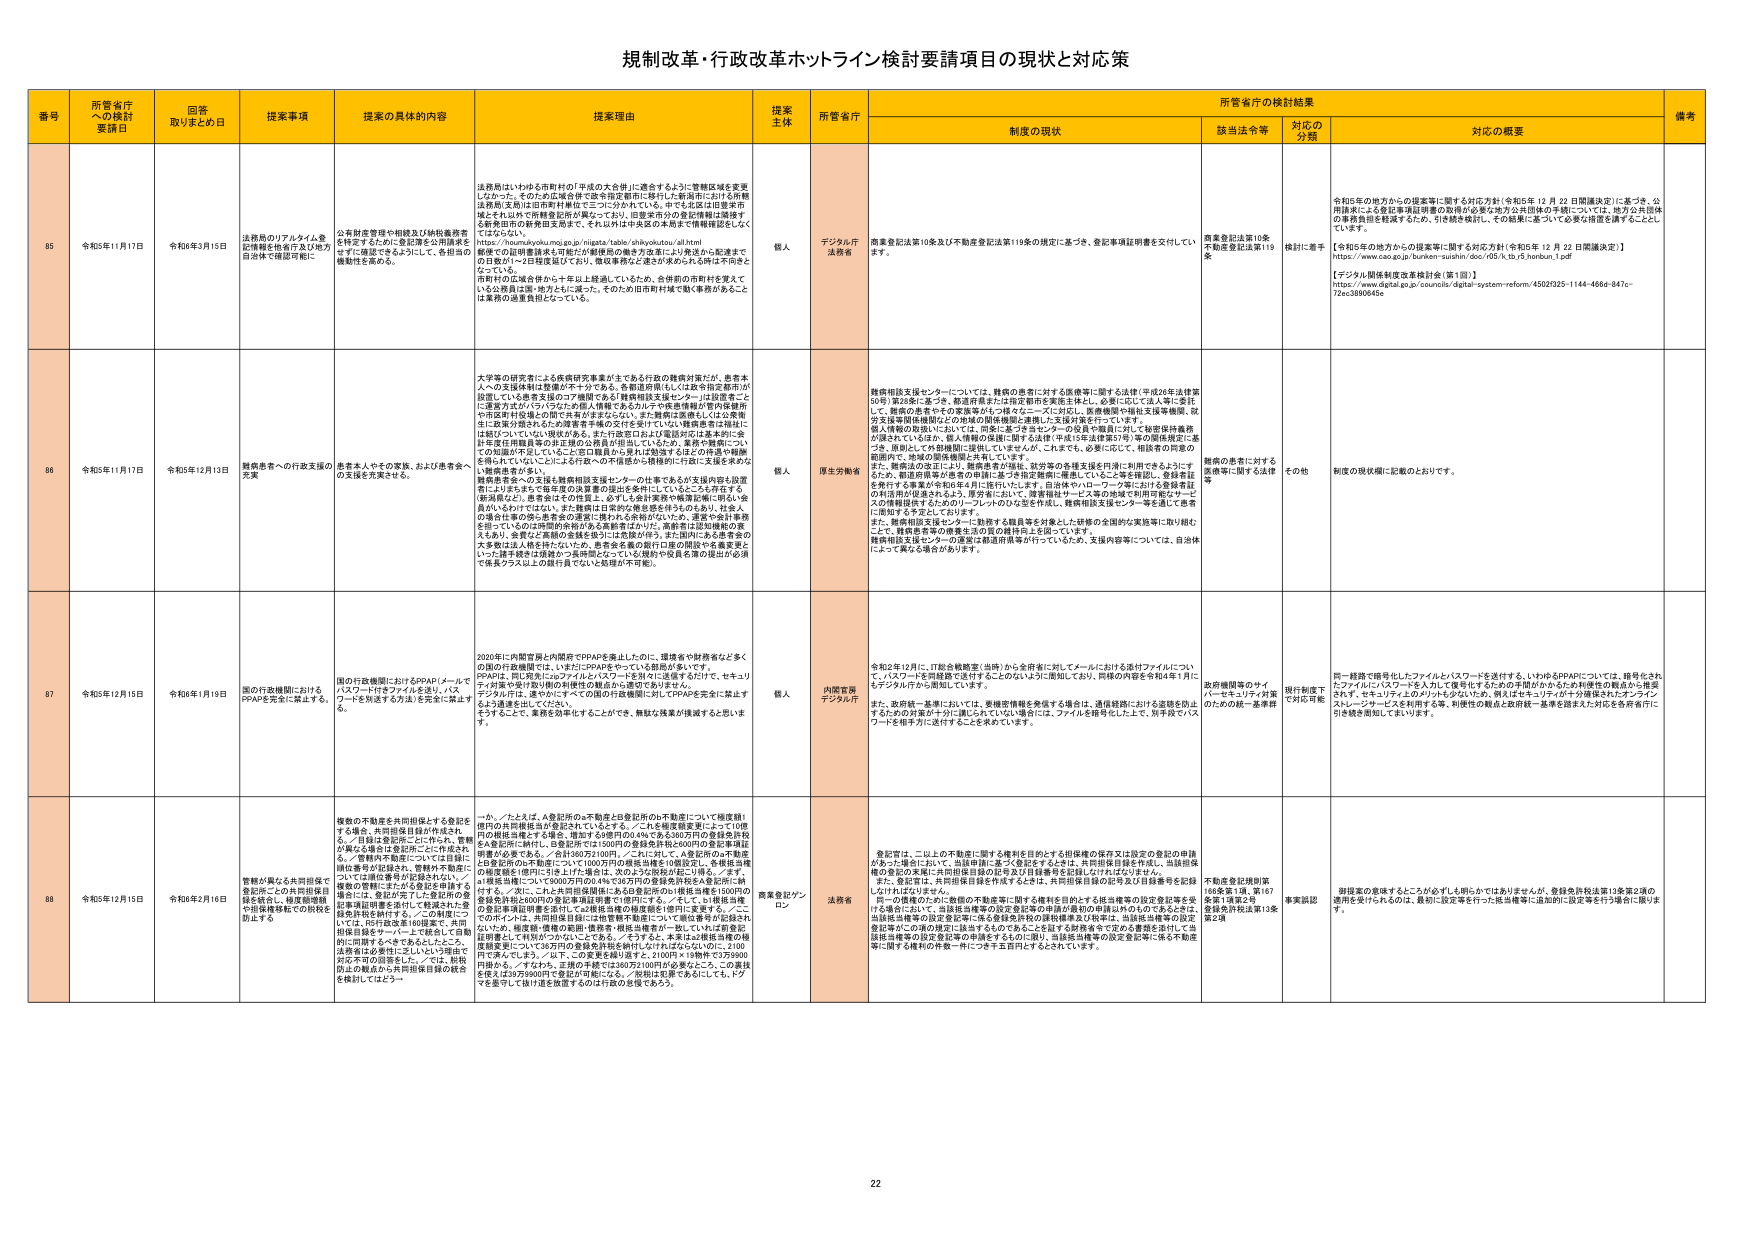
規制改革・行政改革ホットライン検討要請項目の現状と対応策

番号 所管省庁への検討要請日 回答取りまとめ日 提案事項 提案の具体的内容 提案理由 提案主体 所管省庁 制度の現状 所管省庁の検討結果 備考
該当法令等 対応の分類 対応の概要

85 令和5年11月17日 令和6年3月15日 法務局のリアルタイム登記情報を他省庁及び地方自治体で確認可能に 公有財産管理や相続及び納税義務者を特定するために登記簿を公用調査をせずに確認できるようにして、各担当の機関性を高める。 法務局はいわゆる市町村の「平成の大合併」に適合するように管轄区域を変更したかった。そのため広域合併で既存指定都市に移行した新潟市における市権（法務局支局）は旧市町村枠にセコロつかわれている。市町村が指定都市域とそれ以外で所轄登記所が異なっており、旧指定市の登記情報は隠匿する新潟市の法務局支局まで、それ以外は中支局の本局まで情報確認をしてくださっている。 総務省の国際資料は可能だが機械的の働き方を既により発達から配達まで日数が1～2日程度以下となり、徴収事務など遅きが求められる時は不向きとされている。 市町村の広域合併から十年以上経過しているため、合併前の市町村を覚えて いる公務員は限・地方と比べ減った。そのため旧市町村域で動く事務があること は業務の過重負担となっている。 個人 デジタル庁 法務省 衛生登記法第10条及び不動産登記法第119条の規定に基づき、登記事項証明書を交付してい ます。 衛生登記法第10条 不動産登記法第119条 機械に準ず 【令和5年の地方からの提案等に関する対応方針（令和5年 12 月 22 日閣議決定）に基づき、公 用調査による登記事項証明書の取得が可能な地方公共団体の手続については、地方公共団体 の事務負担を軽減するため、引き続き検討し、その結果に基づいて必要な措置を講ずることと しています。 【令和5年の地方からの提案等に関する対応方針（令和5年 12 月 22 日閣議決定）】 https://www.cao.go.jp/bunken-suishin/doc/ d55.tk.tb.r5_honban_1.pdf 【デジタル関係制度改革検討会（第1回）】 https://www.digital.go.jp/councils/digital-system-reform/45023225-1144-4686-847c- 72ec3890645e

86 令和5年11月17日 令和5年12月13日 難病患者への行政支援の充実 患者本人やその家族、および患者会への支援を充実させる。 大学等の研究者による疾病研究事業が主である行政の難病対策だが、患者本人への支援体制は整備が不十分である。各都道府県にも「以数年指定都市が設置している患者支援の専門機関である「難病相談支援センター」は設置もこ に運営方式がバラバラなため個人情報であるカルテや医療情報が管内保健所 や市役所行政機関の間で共有がままならない。また難病と診断もしくは公衆衛 生に影響が現れるため医療者等機関が交付を受けていない医療情報を福祉に は結びついていない現状がある。また行政窓口および電話対応は基本的に全 体手厚な相談員数の非正規の公務員が担当しているため、患者の質問につい ての処理が不足していることや窓口職員から見れば勉強するほどの件数や報酬 を得られていないことにより「数への不満足から離脱的に行はい支援を求める い難病患者が多い。 難病患者会への支援も難病相談支援センターの仕事であるが支援内容も設置 者によりずらす。中間支援の決算書の提出を条件にしているところも存在する。 （雇用県など）。患者会はその性質上、必ずしも会計業務や帳簿記帳に明るい会 員がいるわけではなく、また費用は日常的な集金を担うものもあり、社会人 の場合仕事の都合や患者会の運営に携われる余裕がないため、運営や会計事務 を担っているのは専従的非給与ある無償者は少ないう。高齢者は追加機能の衰 えもあり、各県など医療の委員会等には数値が伴う。また県内にある患者会の 大多数は法人格を持たないため、患者会を集約窓口団体の開設や名義変更と いった諸手続きは複数から一括申請となっても（個人や委員会等の提出が必須 で係長クラス以上の銀行員でないと処理が不可能）。 個人 厚生労働省 難病相談支援センターについては、難病の患者に対する医療等に関する法律（平成26年法律第 50号）第23条に基づき、都道府県または指定都市を実施主体とし、必要に応じて法人等に委託 して、難病の患者やその家族等がいつでもニーズに対応し、医療機関や福祉支援者機関、就 労支援等関係機関などの地域の関係機関と連携した支援対策を行っています。 個人情報の取扱いについては、同条に基づきセンターの役員や職員に対して秘密保持義務 が課されているほか、個人情報の保護に関する法律（平成15年法律第57号）等の関係規定に基 づき、機関として外部機関に提供していますが、これまでも、必要に応じて、相談者の同意の 範囲内で、地域の関係機関と共有しています。 また、難病法の改正により、医療患者が福祉、就労等の多様支援を円滑に利用できるようにす るため、都道府県等が患者の申請に基づき指定医師に連携していること等を確認し、登録委託 を発行する事業が令和6年4月に施行いたします。自治体やハローワーク等における登録委託 の利用が促進されるよう、厚生省において、厚生福祉サービス等の地域ご利用可能ポータ ルの情報提供するためのリーフレットのひろさを平成、難病相談支援センター等を通じて患者 に周知する予定としております。 また、難病相談支援センターに勤務する職員等を対象とした研修の全国的な実施等に取り組む ことで、難病患者等の療養生活の質の維持向上を図っています。 難病相談支援センターの運営は都道府県等が行っているため、支援内容等については、自治体 によって異なる場合があります。 難病の患者に対する 医療等に関する法律 等 その他 制度の現状欄に記載のとおりです。

87 令和5年12月15日 令和6年1月19日 国の行政機関におけるPPAPを完全に禁止する 国の行政機関におけるPPAP（メールでパスワード付きファイルを送り、パスワードを所送する方法）を完全に禁止する。 2020年に内閣官房と内閣府でPPAPを廃止したのに、連絡省や財務省など多くの国の行政機関では、いまだにPPAPをやっている部局が多いです。 PPAPは、同じ宛先にログファイルとパスワードを別々に送信するだけで、セキュリティが無く受け取り側の利便性の観点から選定されません。 デジタル庁は、速やかにすべての国の行政機関に対してPPAPを完全に禁止す るよう通達を出してください。 そうすることで、業務を効率化することができ、機械と残業が後退すると思いま す。 個人 内閣官房 デジタル庁 令和2年12月に、IT総合戦略室（当時）から全府省に対してメールにおける送付ファイルについ て、パスワードを同梱送り送付することのないように周知しており、同様の内容を令和4年1月に もデジタル庁から周知しています。 また、政府統一基準においては、受信者情報を発信する場合は、通信経路における認証を防止 するための対策が十分に講じられていない場合には、ファイルを暗号化した上で、別手段でパス ワードを相手方に送付することを求めています。 政府機関等のサイバーセキュリティ対策 のための統一基準群 現行制度で対応可能 同一経路で暗号化したファイルとパスワードを送付する、いわゆるPPAPについては、暗号化され たファイルにパスワードを入力して暗号化するための手間がかからないお相手の観点から推奨 されず、セキュリティ上のメリットがないため、例えばセキュリティガイド線等されたオンライン スレージサービスを利用する等、利便性の観点と政府統一基準を踏まえた対応を各府省自ら 引き続き周知してまいります。

88 令和5年12月15日 令和6年2月16日 管轄が異なる共同担保で登記所ごとの共同担保目録を統合し、転居等増額や担保解除転での脱税を防止する 複数の不動産を共同担保とする登記をする場合、共同担保目録が作成され る。「目録は登記所ごとに作られ、管轄 が異なる場合は登記所ごとに作成され る。」管轄が不動産については目録に 項目番号が記録され、管轄が不動産に ついては項目番号が記録されない。／ 複数の管轄にまたがる登記を申請する 場合には、登記が完了した登記所の登 記簿項目明細を添付して転居された登 記を共有を納付する。／この制度につ いては、共同担保主に記載をし、共同 担保目録をサーバー上に移しして自動 的に同期するべきであるとしたこと。 法務省の必要性に乏しいという理由で 対応不可の回答でした。／では、脱税 防止の観点から共同担保目録の統合 を検討してはどうか。 一か／たとえば、A登記所の不動産とB登記所の不動産について担保額1 億円の共同担保が登記されているとする。／これを継ぎ増額によって10億 円の総担保にすると場合、増加する9億円の0.4％である360万円の登録免許税 をA登記所に納付し、B登記所では1500円の登録免許税と600円の登記事務証 明書が必要である。／合計は60万2100円。／これに対して、A登記所の不動産 にB登記所の不動産について100万円の実質追加を10億登記し、各県担当機 関が登記額を1億円に引き上げた場合は、次のよう36万900円に引き下げる。／まず、 11県担当機関について900万円の0.4％で36万円の登録免許税をA登記所に納 付する。／次に、これと共同担保額にあたるB登記所の1億担当機を1500円の 登録免許税と600円の登記事務証明書で1億円にする。／そして、11県担当機 の登記事務証明書を添付して24県担当機の確認額を1億円に変更する。／こ のポイントは、共同担保目録には管轄等不動産について共同担保が記載され ないため、総額額・課税の額・債務者・根抵当権者が一致していれば新登記 は原則通りで処理がつかないことをある。／そうすると、A登記は総抵当権の総 額変更について36万円の登録免許税を納付しなければならないのに、2100 円で済んでしまう。／以下、この変更を繰り返すと、2100円×19億円で3万9900 円掛かる。／すなわち、実際の手数では36万2100円が必要なところ、この業種 を使えば3万9900円で登記が可能になる。／脱税は犯罪であるとしても、ドア でを直すして抜け道を放置するのは行政の怠慢であろう。 商業登記ブラン ロン 法務省 登記官は、二以上の不動産に関する権利を目的とする担保権の保存又は設定の登記の申請 があった場合において、当該申請に基づく登記をするときは、共同担保目録を作成し、当該担保 権の登記の実質に共同担保目録の記号及び目録番号を記録しなければなりません。 また、登記官は、共同担保目録を作成するときは、共同担保目録の記号及び目録番号を記録 しなければなりません。 但し、管轄のたった数個の不動産等に関する権利を目的とする抵当権等の設定登記等を受 ける場合において、当該抵当権等の設定登記等の申請が最初の申請以外のものであるときは、 当該抵当権等の設定登記等に係る登録免許税の課税標準及び税率は、当該抵当権等の設定 登記等が二の後の規定に該当するものであることを知する財務省を定める書類を添付して当 該抵当権等の設定登記等の申請をするものに限り、当該抵当権等の設定登記等に係る不動産 等に関する権利の件数一桁につき千五百円とすることができます。 不動産登記規則第 106条第1項、第167 条第1項第2号 登録免許税法第13条 第2項 事実誤認 財務省の指導するところが必ずしも明らかではありませんが、登録免許税法第13条第2項の 適用を受けられるのは、最初に設定等を行った抵当権等に追加的に設定等を行う場合に限りま す。

22